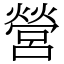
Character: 營